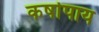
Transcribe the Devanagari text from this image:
कर्षापाय